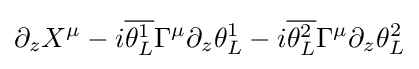
\partial _{z}X^{\mu }-i{\overline {\theta _{L}^{1}}}\Gamma ^{\mu }\partial _{z}\theta _{L}^{1}-i{\overline {\theta _{L}^{2}}}\Gamma ^{\mu }\partial _{z}\theta _{L}^{2}